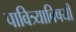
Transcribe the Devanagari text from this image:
पावित्र्याविषयी